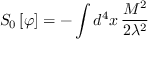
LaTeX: S _ { 0 } \left[ \varphi \right] = - \int d ^ { 4 } x \, \frac { M ^ { 2 } } { 2 \lambda ^ { 2 } }